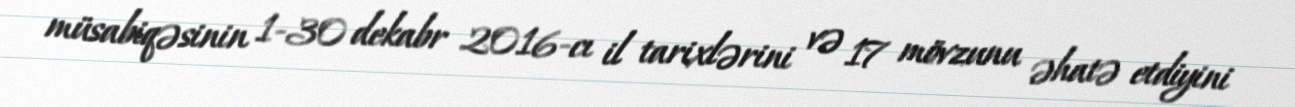
müsabiqəsinin 1-30 dekabr 2016-cı il tarixlərini və 17 mövzunu əhatə etdiyini